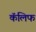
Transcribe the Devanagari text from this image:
कॅलिफ